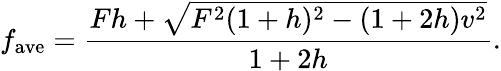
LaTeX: f_{\mathrm{ave}}=\frac{Fh+\sqrt{F^{2}(1+h)^{2}-(1+2h)v^{2}}}{1+2h}.